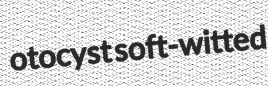
otocyst soft-witted